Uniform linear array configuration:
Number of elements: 8
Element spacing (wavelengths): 0.75
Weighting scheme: blackman
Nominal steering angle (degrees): -15
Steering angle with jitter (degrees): -15.385
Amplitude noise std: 0.05
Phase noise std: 0.05

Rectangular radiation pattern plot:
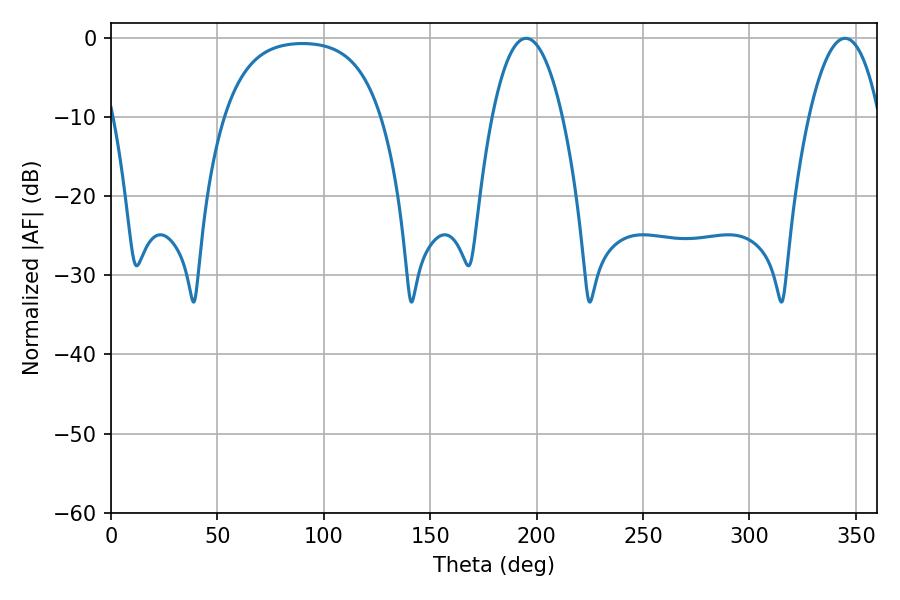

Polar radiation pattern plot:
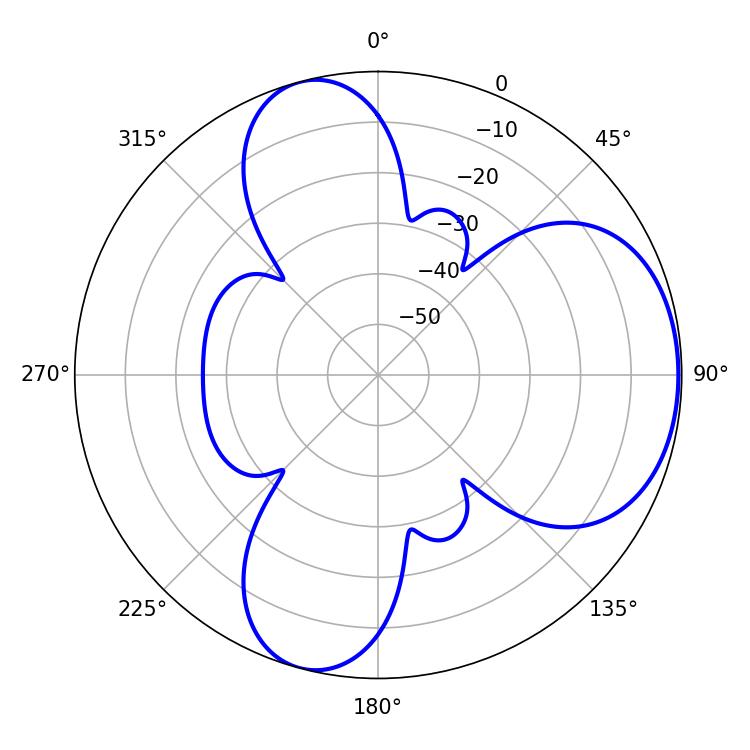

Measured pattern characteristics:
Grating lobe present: TRUE
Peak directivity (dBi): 5.714
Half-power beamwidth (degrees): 18.36
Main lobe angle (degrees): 195.12